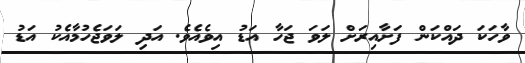
ވާހަކަ ދައްކަން ފަށާއިރަށް ލަވަ ޖަހާ އަޑު އިވެއެވެ. އަދި ލަވަޖެހުމާއެކު އަޑު